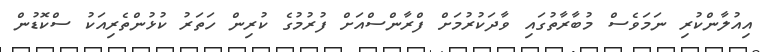
އިއުލާންކުރި ނަމަވެސް މުބާރާތުގައި ވާދަކުރުމަށް ފްރާންސްއަށް ފުރުމުގެ ކުރިން ހަތަރު ކުޅުންތެރިއަކު ސްކޮޑުން